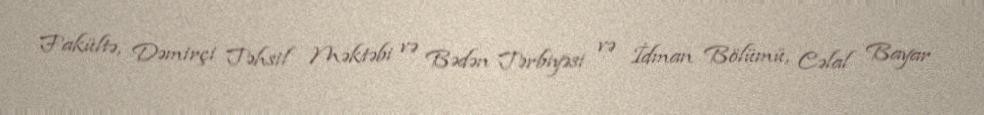
Fakültə, Dəmirçi Təhsil Məktəbi və Bədən Tərbiyəsi və İdman Bölümü, Cəlal Bayar